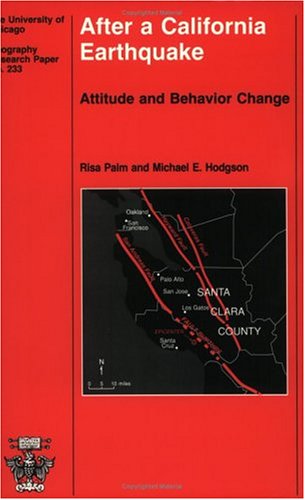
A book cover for After a California Earthquake: Attitude and Behavior Change (University of Chicago Geography Research Papers); Risa Palm; Business & Money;